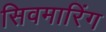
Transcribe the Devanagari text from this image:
सिवमारिंग